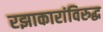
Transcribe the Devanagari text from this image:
रझाकारांविरुद्ध